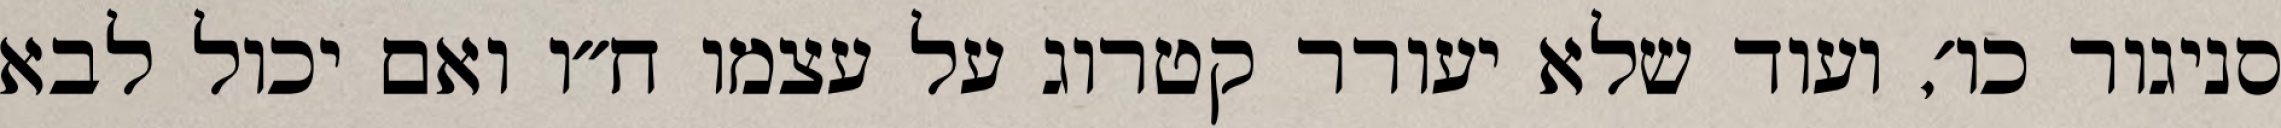
סניגור כו׳, ועוד שלא יעורר קטרוג על עצמו ח״ו ואם יכול לבא